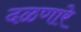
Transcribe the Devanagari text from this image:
दळणारे